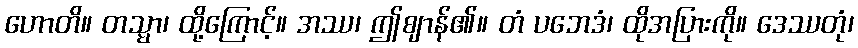
ဟောတိ။ တသ္မာ၊ ထို့ကြောင့်။ အဿ၊ ဤဈာန်၏။ တံ ပဘေဒံ၊ ထိုအပြားကို။ ဒေဿတုံ၊